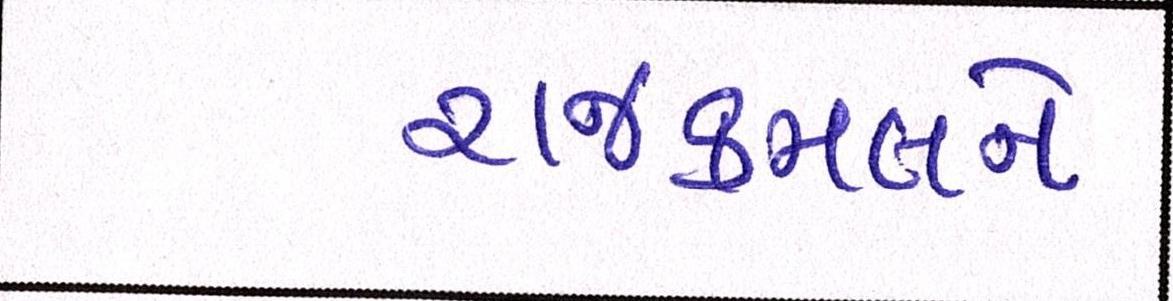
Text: રાજકમલને